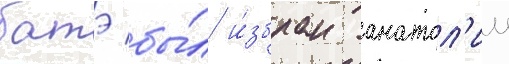
батэ бы́л и́збран анатол'ии